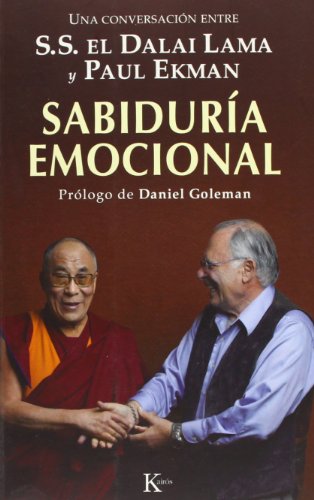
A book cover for SabidurÃ­a emocional: Una conversaciÃ³n entre S.S. el Dalai Lama y Paul Ekman (Spanish Edition); Paul Ekman; Religion & Spirituality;